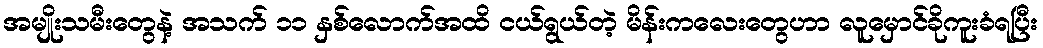
အမျိုးသမီးတွေနဲ့ အသက် ၁၁ နှစ်လောက်အထိ ငယ်ရွယ်တဲ့ မိန်းကလေးတွေဟာ လူမှောင်ခိုကူးခံရပြီး